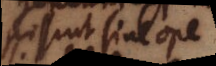
possint sine ope